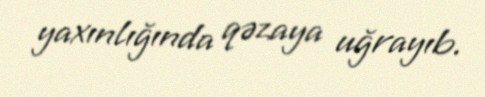
yaxınlığında qəzaya uğrayıb.